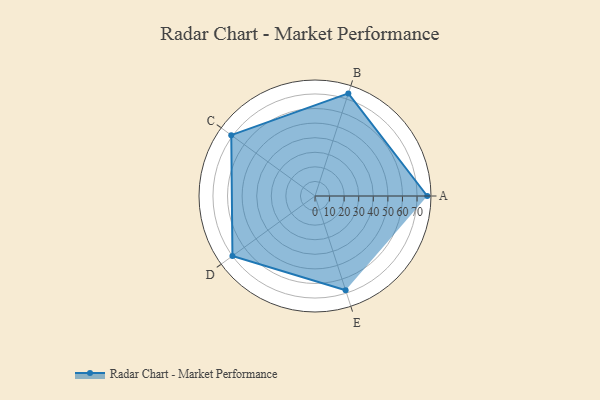
{"axis": {"x": "Skill", "y": "Score"}, "legend": ["Profile"], "data": [{"x": "A", "y": 77.0, "type": "Profile"}, {"x": "B", "y": 74.0, "type": "Profile"}, {"x": "C", "y": 71.0, "type": "Profile"}, {"x": "D", "y": 70.0, "type": "Profile"}, {"x": "E", "y": 68.0, "type": "Profile"}]}